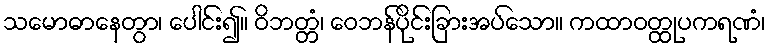
သမောဓာနေတွာ၊ ပေါင်း၍။ ဝိဘတ္တံ၊ ဝေဘန်ပိုင်းခြားအပ်သော။ ကထာဝတ္ထုပကရဏံ၊